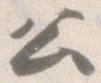
公